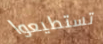
تستطيعوا